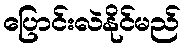
ပြောင်းလဲနိုင်မည်